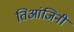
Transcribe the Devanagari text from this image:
तिआंजिनी